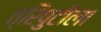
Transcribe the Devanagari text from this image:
त्रिपुटीला